Annual report of the Punjab Veterinary College and of the Civil Veterinary Department, Punjab - 1926-1932
Year: 1926
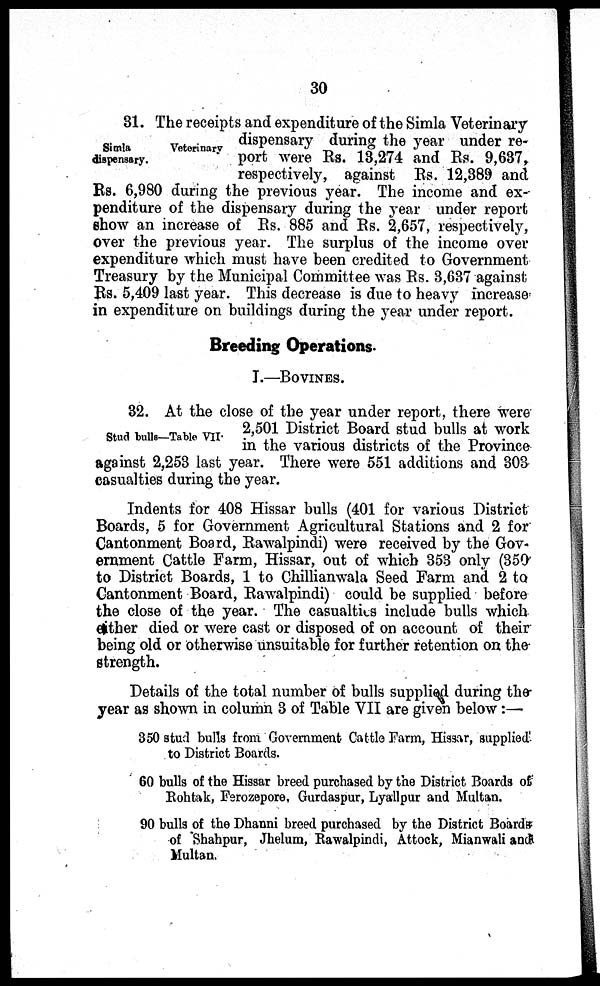
30
Simla
Veterinary
dispensary.
31. The receipts and expenditure of the Simla Veterinary
dispensary during the year under re-
port were Rs. 13,274 and Rs. 9,637,
respectively, against Rs. 12,389 and
Rs. 6,980 during the previous year. The income and ex-
penditure of the dispensary during the year under report
show an increase of Rs. 885 and Rs. 2,657, respectively,
over the previous year. The surplus of the income over
expenditure which must have been credited to Government
Treasury by the Municipal Committee was Rs. 3,637 against
Rs. 5,409 last year. This decrease is due to heavy increase
in expenditure on buildings during the year under report.
Breeding Operations.
I.—BOVINES.
Stud bulls—Table VII.
32. At the close of the year under report, there were
2,501 District Board stud bulls at work
in the various districts of the Province
against 2,253 last year. There were 551 additions and 303
casualties during the year.
Indents for 408 Hissar bulls (401 for various District
Boards, 5 for Government Agricultural Stations and 2 for
Cantonment Board, Rawalpindi) were received by the Gov-
ernment Cattle Farm, Hissar, out of which 353 only (350
to District Boards, 1 to Chillianwala Seed Farm and 2 to
Cantonment Board, Rawalpindi) could be supplied before
the close of the year. The casualties include bulls which
either died or were cast or disposed of on account of their
being old or otherwise unsuitable for further retention on the
strength.
Details of the total number of bulls supplied during the
year as shown in column 3 of Table VII are given below:—
350 stud bulls from Government Cattle Farm, Hissar, supplied,
to District Boards.
60 bulls of the Hissar breed purchased by the District Boards of
Rohtak, Ferozepore, Gurdaspur, Lyallpur and Multan.
90 bulls of the Dhanni breed purchased by the District Boards
of Shahpur, Jhelum, Rawalpindi, Attock, Mianwali and
Multan.